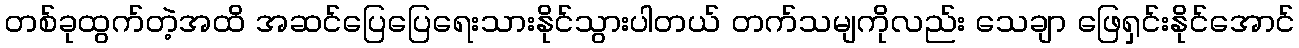
တစ်ခုထွက်တဲ့အထိ အဆင်ပြေပြေရေးသားနိုင်သွားပါတယ် တက်သမျကိုလည်း သေချာ ဖြေရှင်းနိုင်အောင်